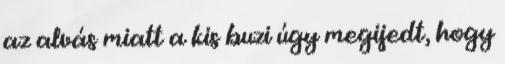
az alvás miatt a kis buzi úgy megijedt, hogy